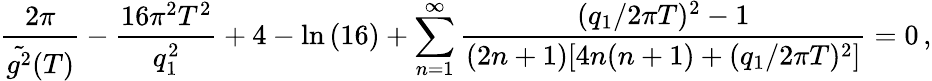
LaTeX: \frac{2\pi}{\tilde{g^{2}}(T)}-\frac{16\pi^{2}T^{2}}{q_{1}^{2}}+4-\ln{(16)}+\sum_{n=1}^{\infty}\frac{(q_{1}/2\pi T)^{2}-1}{(2n+1)[4n(n+1)+(q_{1}/2\pi T)^{2}]}=0\, ,